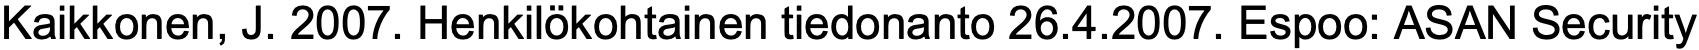
Kaikkonen, J. 2007. Henkilökohtainen tiedonanto 26.4.2007. Espoo: ASAN Security